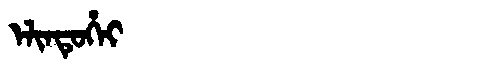
Manchu: ᡝᠯᡳᠨᡨᡠᡥᡝᡳ
Romanization: ELINTUHEI